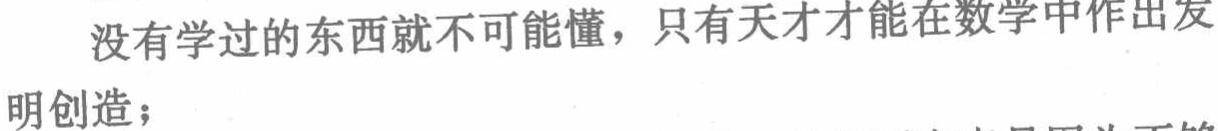
没有学过的东西就不可能懂，只有天才才能在数学中作出发

明创造；